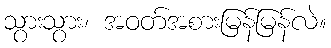
သွားသွား၊ အဝတ်အစားမြန်မြန်လဲ။